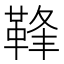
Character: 𩊩